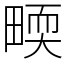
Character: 𤲬